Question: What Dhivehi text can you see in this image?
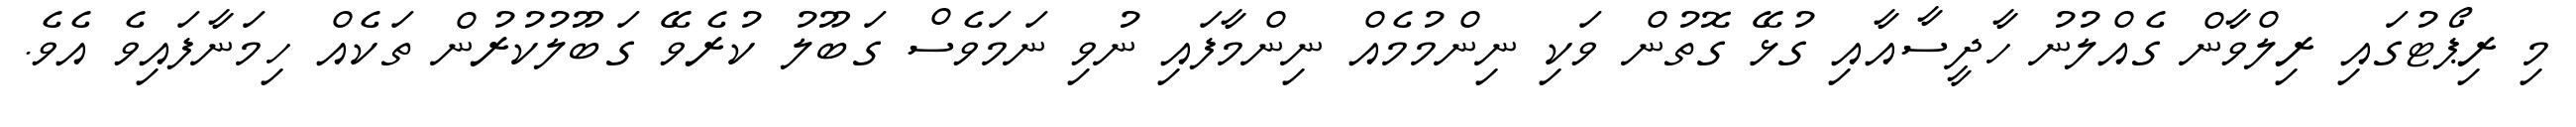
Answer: މި ރިޕޯޓުގައި ރިލްވާން ގެއްލުނު ހާދީސާއާއި ގުޅޭ ގޮތުން ވަކި ނިންމުމެއް ނިންމާފައި ނުވި ނަމަވެސް ގަބޫލު ކުރެވޭ ގަބޫލުކުރުން ތަކެއް ހިމަނާފައިވެ އެވެ.